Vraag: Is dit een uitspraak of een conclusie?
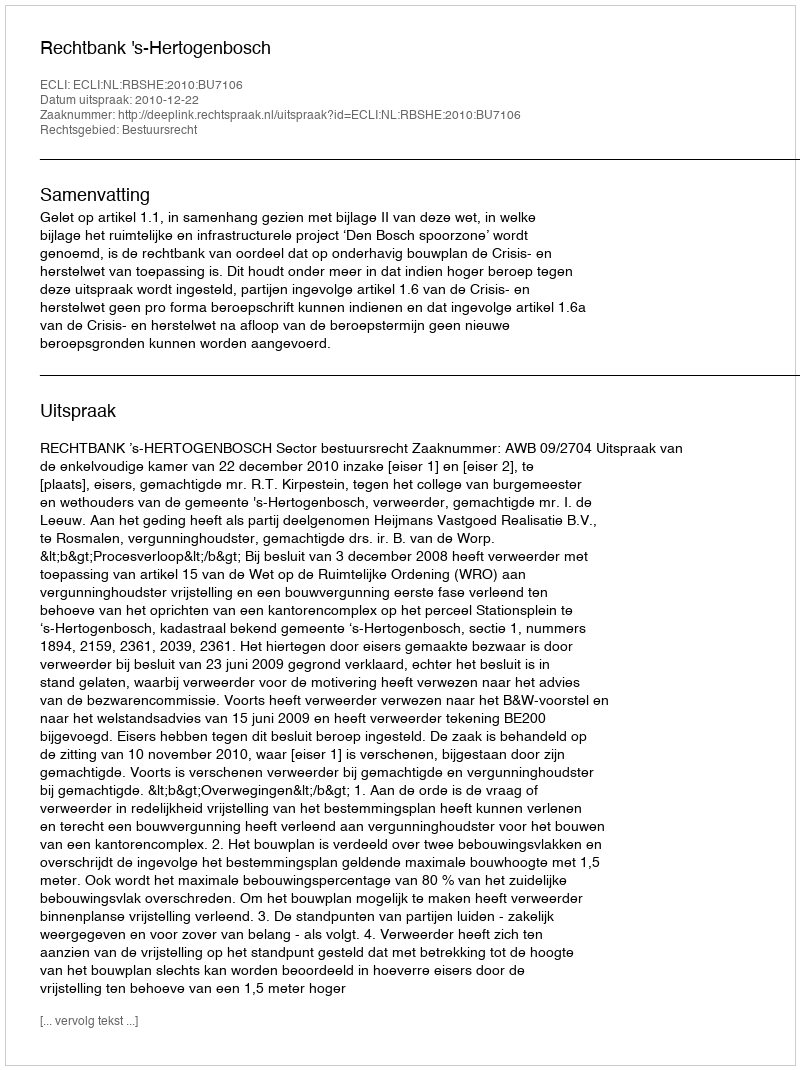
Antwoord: Uitspraak